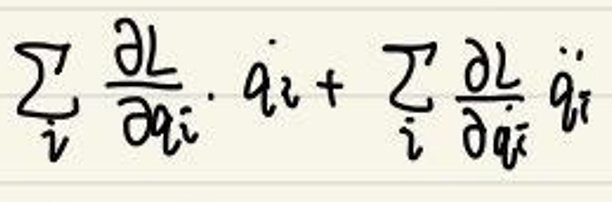
\(\sum _ { i } \frac { \partial L } { \partial q _ { i } } \cdot \dot { q } _ { i } + \sum _ { i } \frac { \partial L } { \partial \dot { q } _ { i } } \ddot { q } _ { i }\)